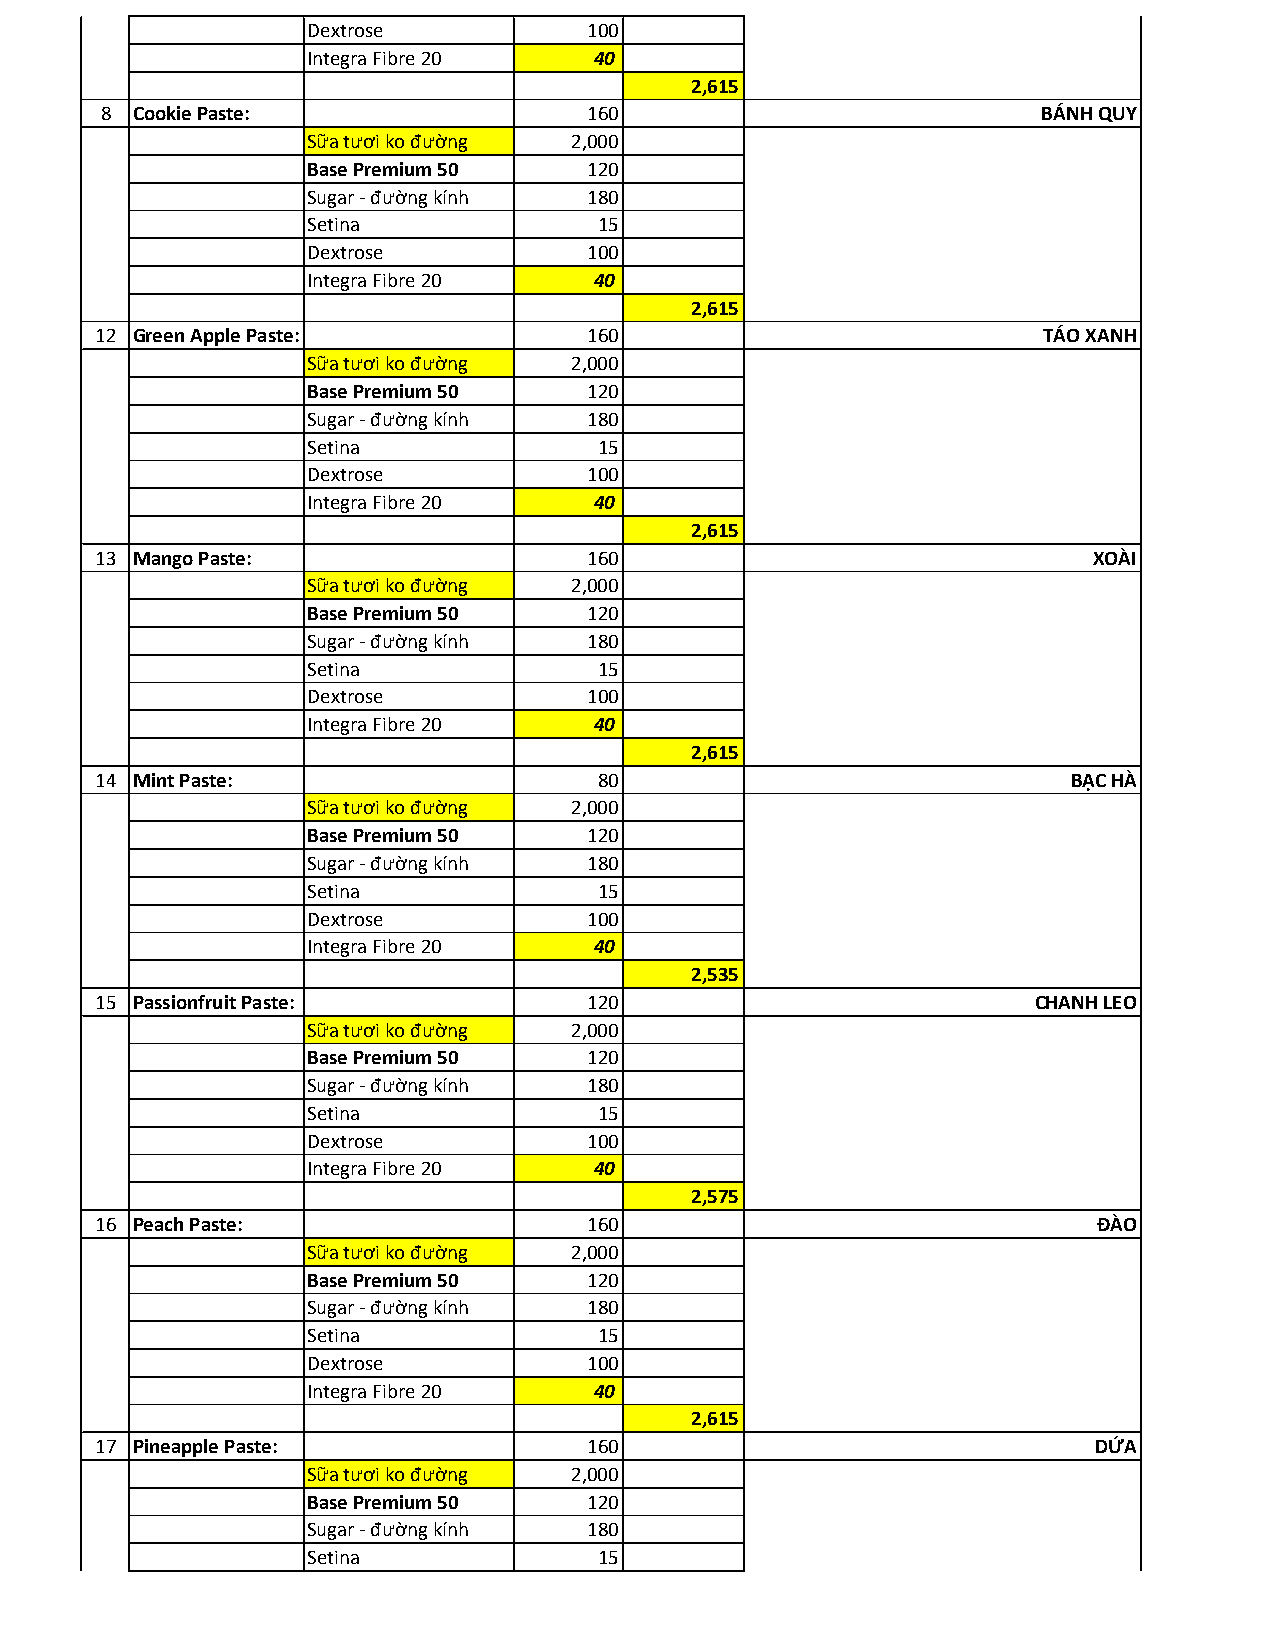
Dextrose           100
 Integra Fibre 20   40
 2,615
 8 Cookie Paste:                 160                           BÁNH QUY
 Sữa tươi ko đường 2,000
 Base Premium 50    120
 Sugar - đường kính 180
 Setina              15
 Dextrose           100
 Integra Fibre 20   40
 2,615
 12 Green Apple Paste:            160                           TÁO XANH
 Sữa tươi ko đường 2,000
 Base Premium 50    120
 Sugar - đường kính 180
 Setina              15
 Dextrose           100
 Integra Fibre 20   40
 2,615
 13 Mango Paste:                  160                              XOÀI
 Sữa tươi ko đường 2,000
 Base Premium 50    120
 Sugar - đường kính 180
 Setina              15
 Dextrose           100
 Integra Fibre 20   40
 2,615
 14 Mint Paste:                    80                             BẠC HÀ
 Sữa tươi ko đường 2,000
 Base Premium 50    120
 Sugar - đường kính 180
 Setina              15
 Dextrose           100
 Integra Fibre 20   40
 2,535
 15 Passionfruit Paste:           120                           CHANH LEO
 Sữa tươi ko đường 2,000
 Base Premium 50    120
 Sugar - đường kính 180
 Setina              15
 Dextrose           100
 Integra Fibre 20   40
 2,575
 16 Peach Paste:                  160                               ĐÀO
 Sữa tươi ko đường 2,000
 Base Premium 50    120
 Sugar - đường kính 180
 Setina              15
 Dextrose           100
 Integra Fibre 20   40
 2,615
 17 Pineapple Paste:              160                              DỨA
 Sữa tươi ko đường 2,000
 Base Premium 50    120
 Sugar - đường kính 180
 Setina              15